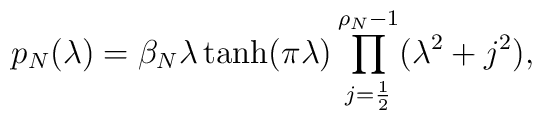
p_N(\lambda)=\beta_N\lambda\tanh(\pi\lambda)\prod_{j=\frac 12}^{\rho_N-1}(\lambda^2+j^2),